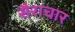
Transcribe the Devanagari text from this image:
सैराचार